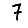
Digit: 7